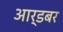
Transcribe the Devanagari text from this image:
आर्डबर